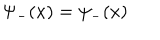
\Psi _ { - } ( x ) = \psi _ { - } ( x )